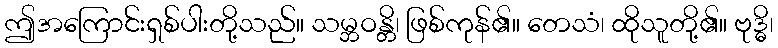
ဤအကြောင်းရှစ်ပါးတို့သည်။ သမ္ဘဝန္တိ၊ ဖြစ်ကုန်၏။ တေသံ၊ ထိုသူတို့၏။ ဗုဒ္ဓိ၊